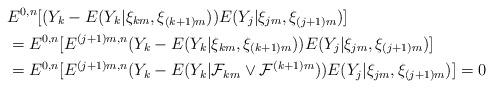
LaTeX: \begin{align*}& E^{0,n}[(Y_{k}-E(Y_{k}|\xi_{km},\xi_{(k+1)m}))E(Y_{j}|\xi_{jm},\xi_{(j+1)m})]\\& =E^{0,n}[E^{(j+1)m,n}(Y_{k}-E(Y_{k}|\xi_{km},\xi_{(k+1)m}))E(Y_{j}|\xi_{jm},\xi_{(j+1)m})]\\& =E^{0,n}[E^{(j+1)m,n}(Y_{k}-E(Y_{k}|\mathcal{F}_{km}\vee\mathcal{F}^{(k+1)m}))E(Y_{j}|\xi_{jm},\xi_{(j+1)m})]=0\end{align*}